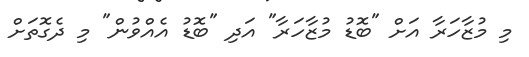
މި މުޒާހަރާ އަށް "ބޮޑު މުޒާހަރާ" އަދި "ބޮޑު އެއްވުން" މި ދެގޮތަށް